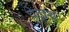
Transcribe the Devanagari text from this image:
पेट्राश